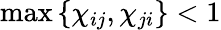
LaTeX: \operatorname*{max}\left\{ \chi_{ij},\chi_{ji}\right\} <1